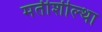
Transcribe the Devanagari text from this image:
मतीशील्था